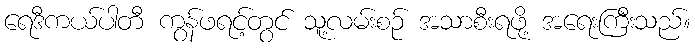
ရေဒီကယ်ပါတီ ကွန်ဖရင့်တွင် သူ့လမ်းစဉ် အသာစီးရဖို့ အရေးကြီးသည်။